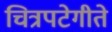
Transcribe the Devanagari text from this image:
चित्रपटेगीते